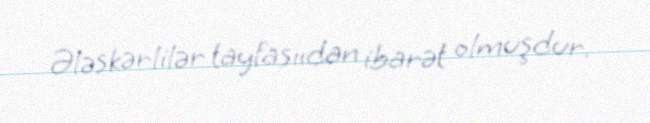
Ələskərlilər tayfasııdan ibarət olmuşdur.